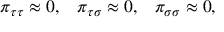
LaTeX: \begin{array} { c c c } { { \pi _ { \tau \tau } \approx 0 , } } & { { \pi _ { \tau \sigma } \approx 0 , } } & { { \pi _ { \sigma \sigma } \approx 0 , } } \end{array}